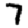
Digit: 7